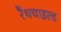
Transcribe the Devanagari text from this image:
रैथचाइल्ड